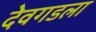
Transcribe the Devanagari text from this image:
देवगडला